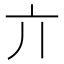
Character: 亣